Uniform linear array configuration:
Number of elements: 64
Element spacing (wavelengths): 1
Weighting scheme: hann
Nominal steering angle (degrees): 15
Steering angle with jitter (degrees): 14.997
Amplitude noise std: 0.05
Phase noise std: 0.05

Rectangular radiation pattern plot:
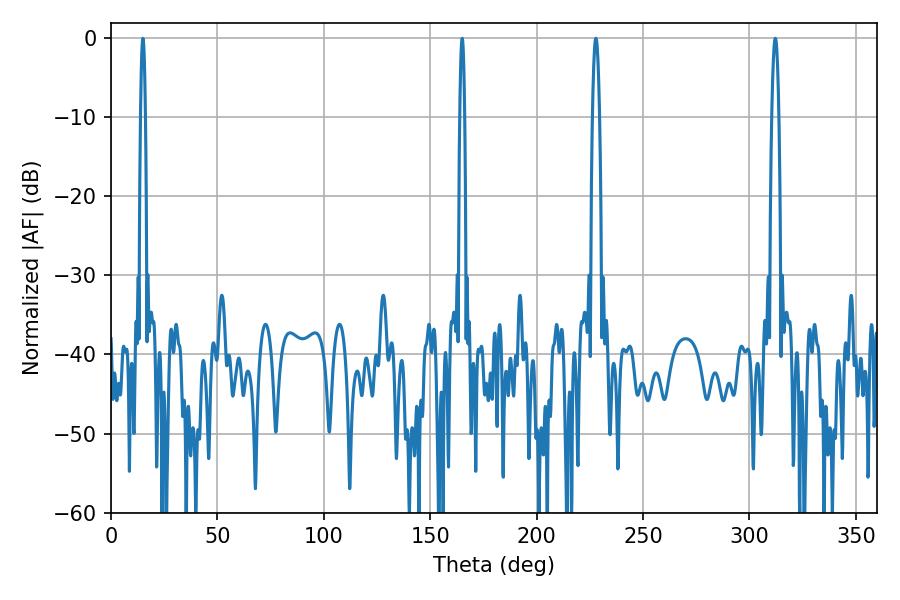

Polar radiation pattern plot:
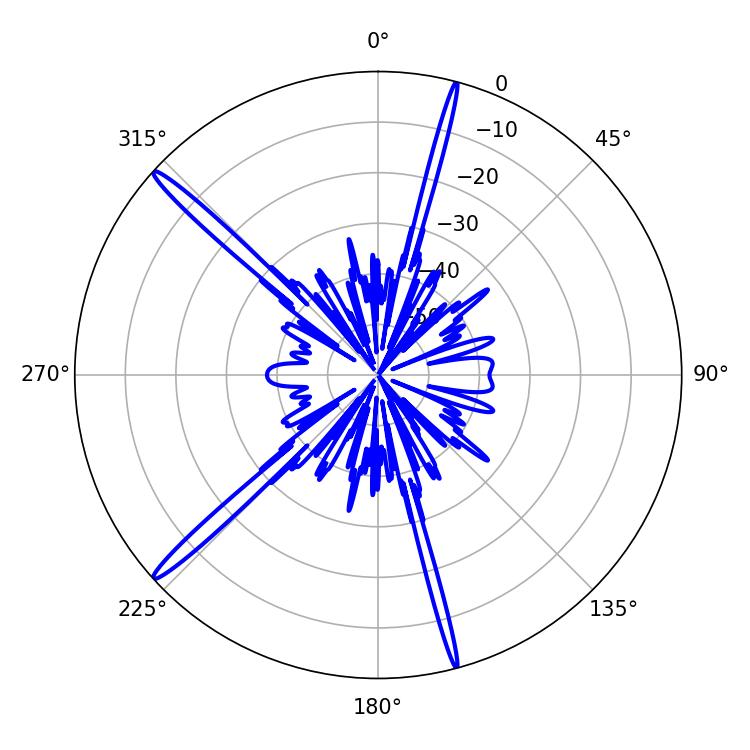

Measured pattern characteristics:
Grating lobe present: TRUE
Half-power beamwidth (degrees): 1.8
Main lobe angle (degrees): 312.12